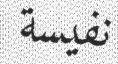
نفيسة